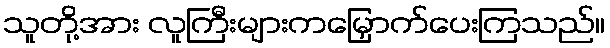
သူတို့အား လူကြီးများကမြှောက်ပေးကြသည်။